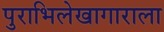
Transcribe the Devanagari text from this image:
पुराभिलेखागाराला